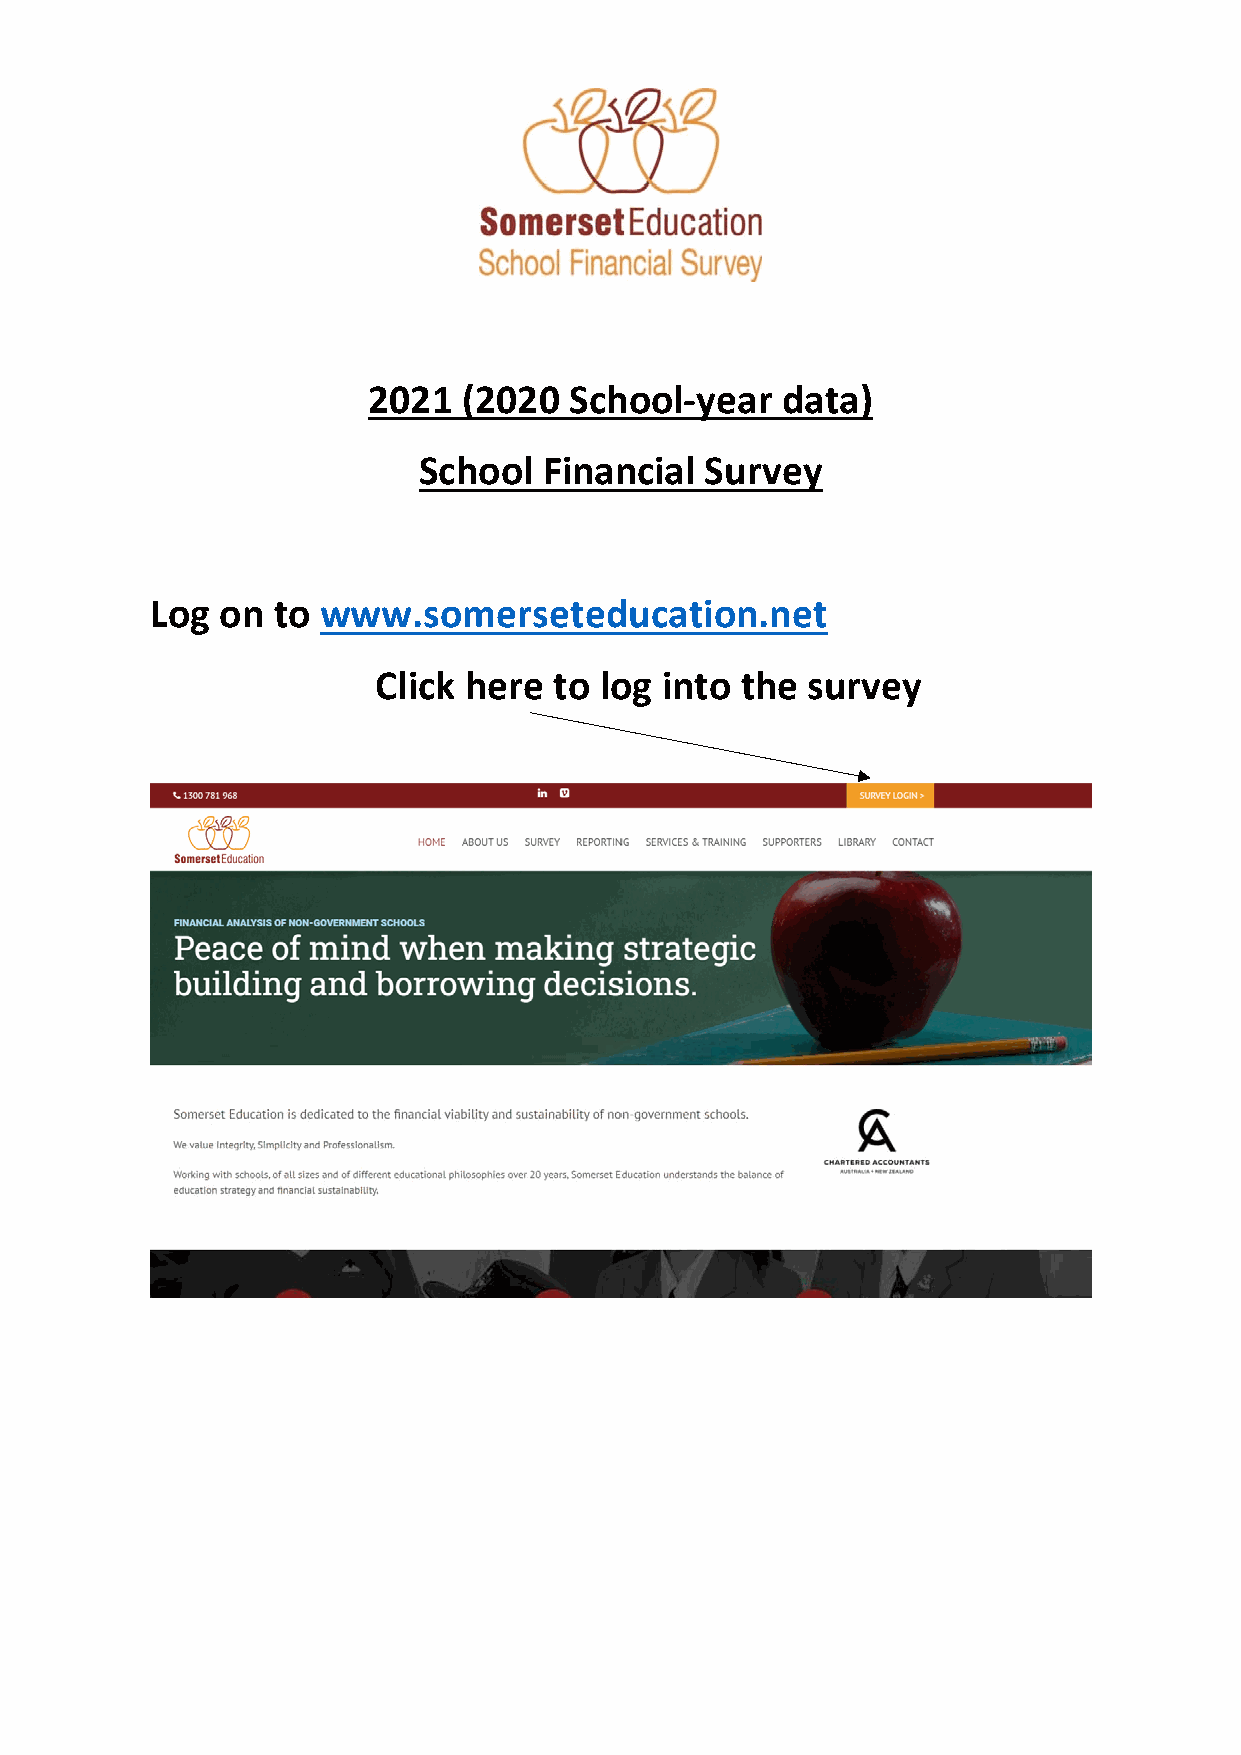
2021   (2020  School‐year   data)
 School  Financial  Survey
 Log  on to www.somerseteducation.net
 Click here  to log into the survey